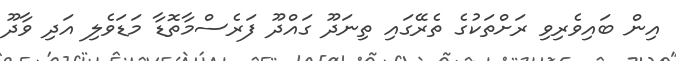
އިން ބައިވެރިވި ރަށްތަކުގެ ތެރޭގައި ތިނަދޫ ގައްދޫ ފަރެސްމާތޮޑާ މަޑަވެލި އަދި ވާދޫ